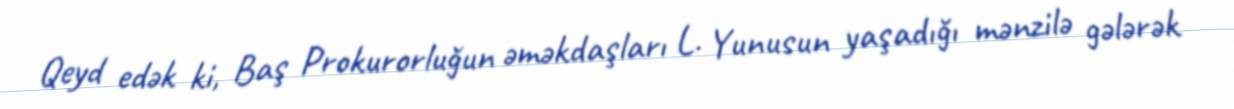
Qeyd edək ki, Baş Prokurorluğun əməkdaşları L. Yunusun yaşadığı mənzilə gələrək